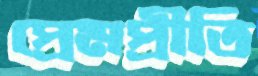
প্রেমপ্রীতি